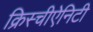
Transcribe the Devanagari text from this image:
क्रिस्चीऐनिटी